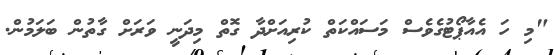
"މި ހަ އެއާޕޯޓުގެވެސް މަސައްކަތް ކުރިއަށްދާ ގޮތް މިދަނީ ވަރަށް ގާތުން ބަލަމުން.